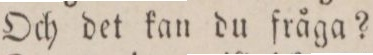
— Och det kan du fråga?